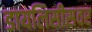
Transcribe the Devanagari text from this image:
डायलिसीसवर